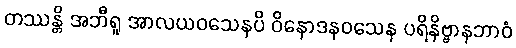
တဿန္တိ အဘီရူ အာလယဝသေနပိ ဝိနောဒနဝသေန ပရိနိဗ္ဗာနဘာဝံ